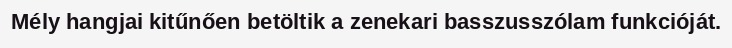
Mély hangjai kitűnően betöltik a zenekari basszusszólam funkcióját.